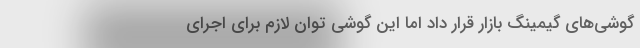
گوشی‌های گیمینگ بازار قرار داد اما این گوشی توان لازم برای اجرای